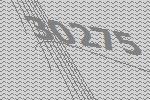
30275